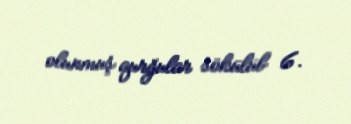
olunmuş qurğular sökülüb 6.